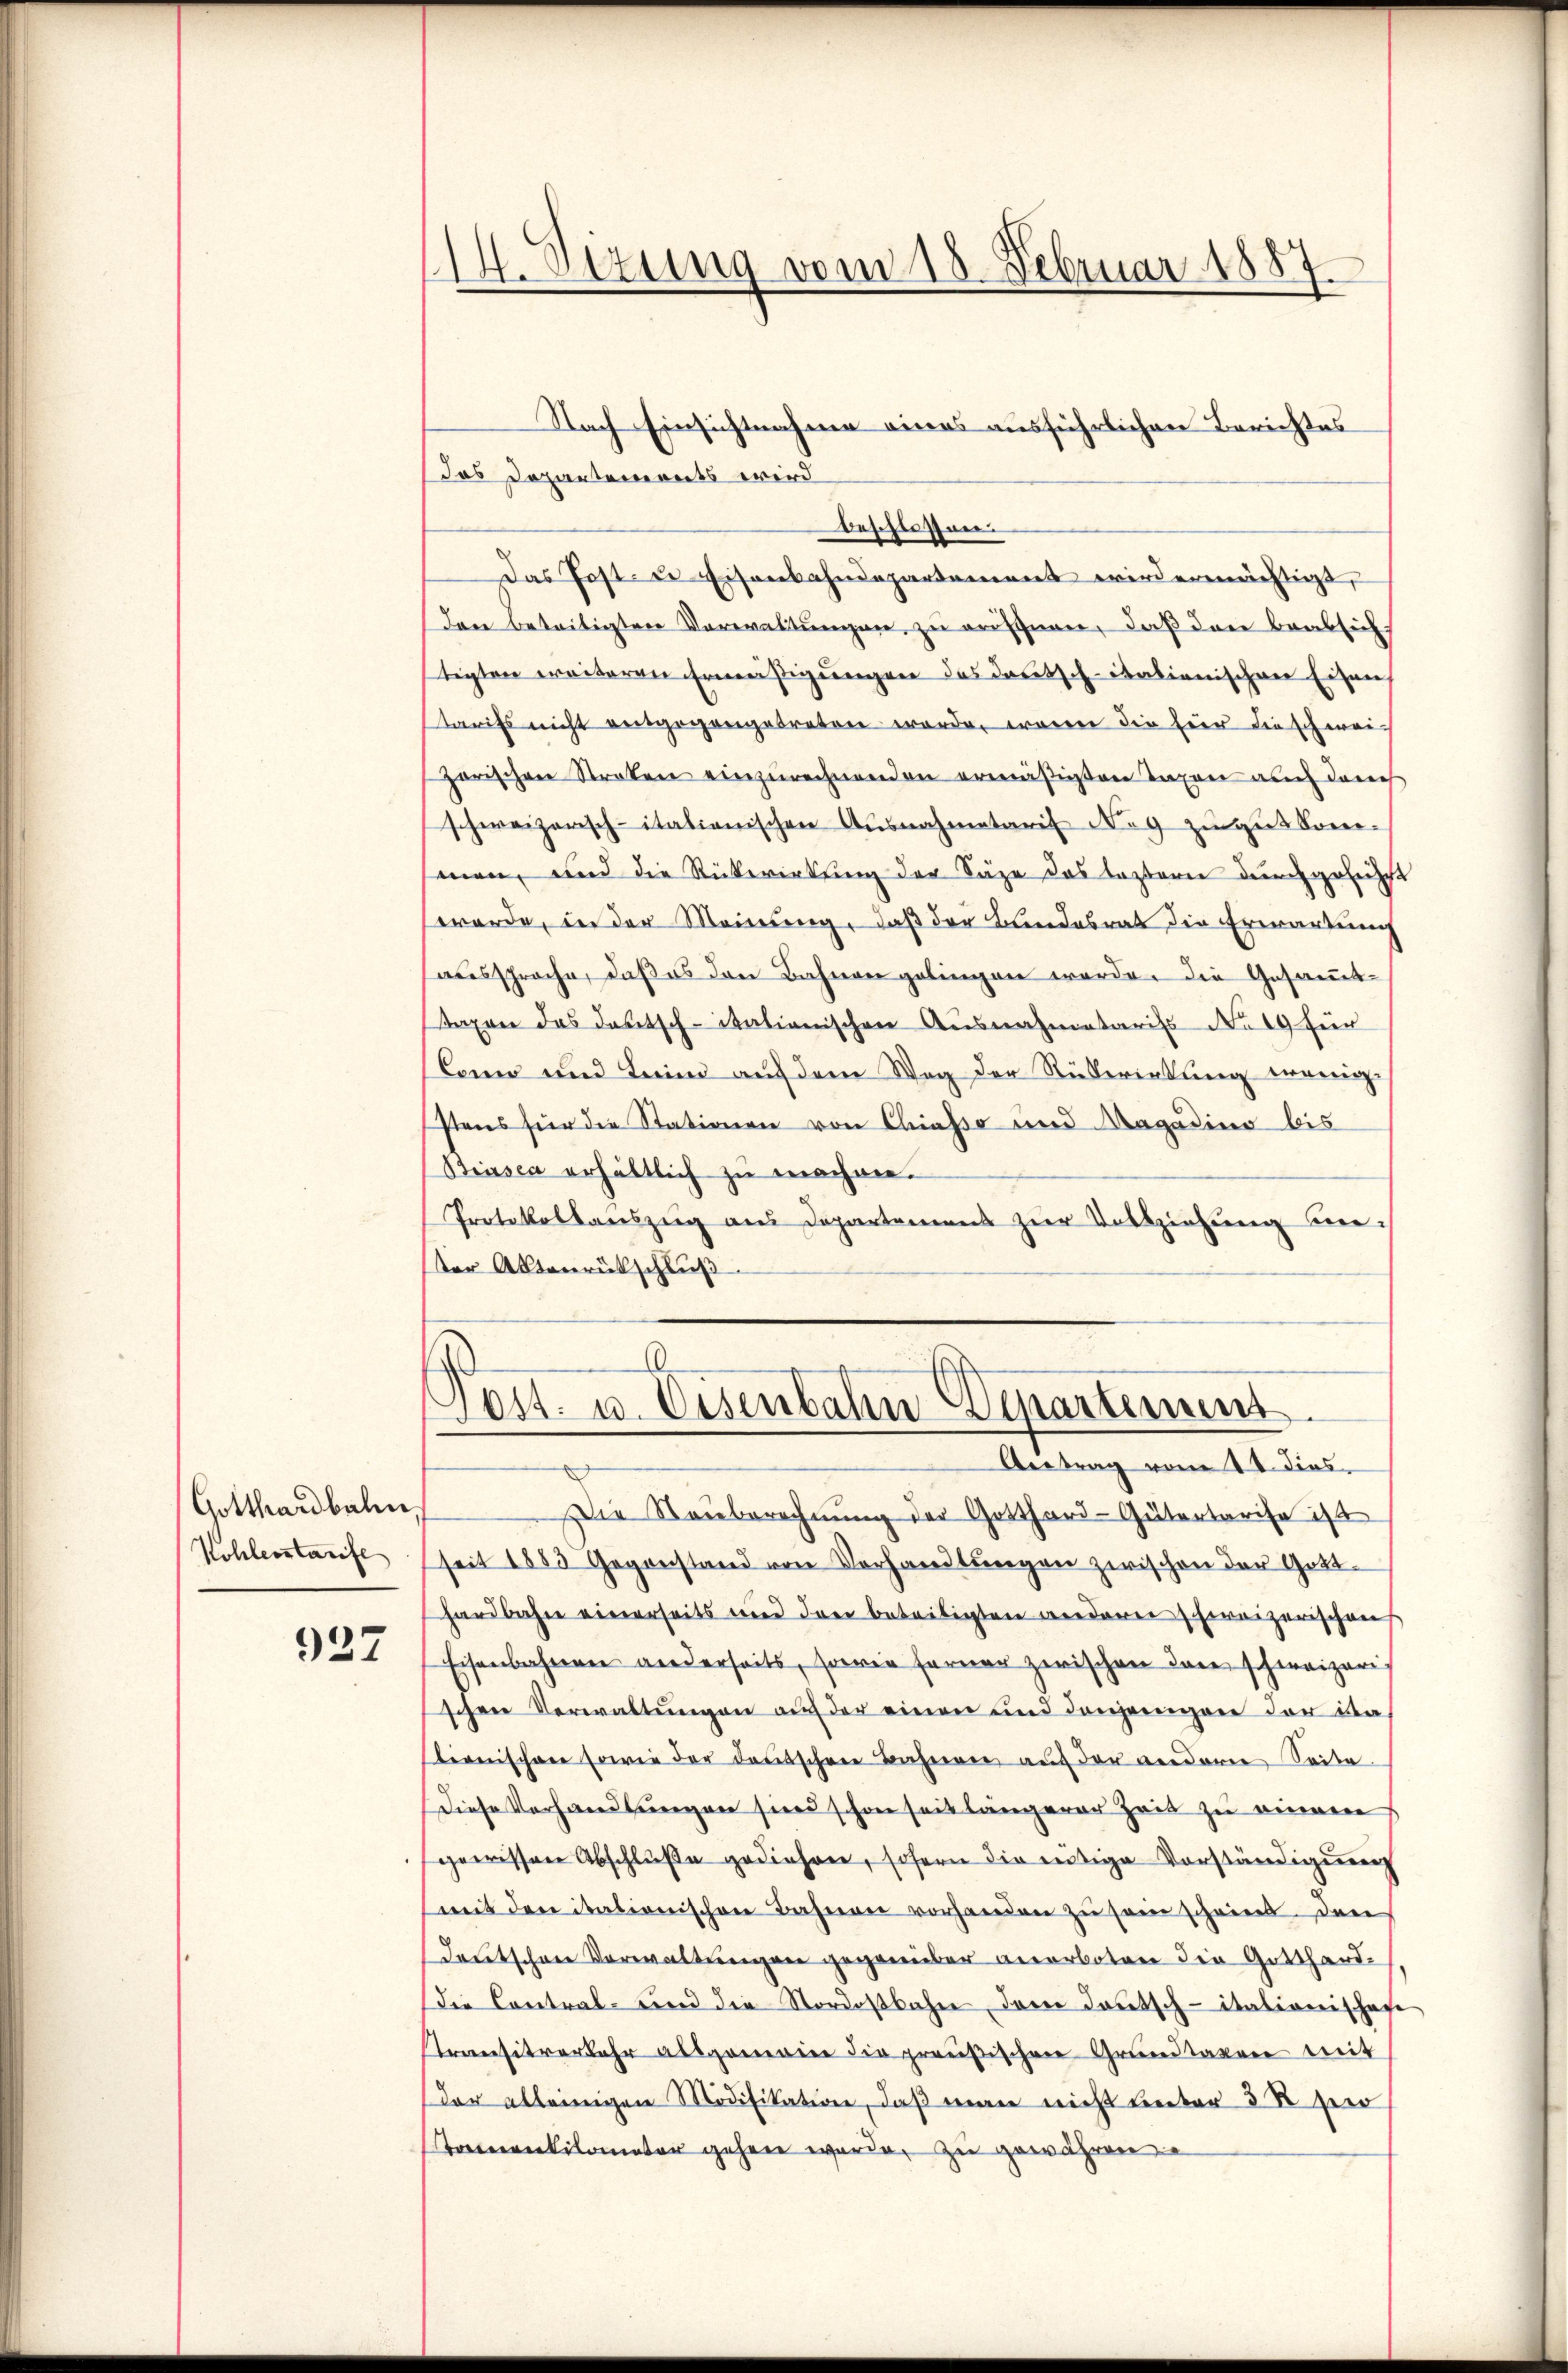
Gotthardbahn,
Kohlerstarife

937

I. Sitzung vom 18. Februar 1887
¬

Das Departements wird
beschlossen.
Das Post- u. Eisenbahndepartement wird ermächtigt,
den beseitigten Verwaltungen, zu eröffnen, daß den beabsich
stigten weiteren Ermäßigungen das deutsch-italienischen Eisen,
tarifs nicht entgegangetreten werde, waren die Eier die schweigarischen Streken einzurechnenden ermäßigten Taxen auch danch
schweizerisch-itationischen Ausnahmetarif Nag zugut kom-
senen, und die Rückwirkung der Säge das leztern durchgeführt
werde, in der Meinung, daß der Bundesrat die Erwartung
aussprache, daß es den Bahnen gelingen werde. Die Gesammt-
taxen das deutsch-itationischen Ausnahmetariss No 19 für
lano und Leim auf dem Weg der Rükerintung wenigstens für die Stationen von Chiasso und Ragadin bis
Biasca erhältlich zu machen.
Protokollauszeig aus Departamens zur Vollziehung weter Aktenrückschluß
Jos. u. Eisenbahn Departement
Antrag vom 24. dies
Die Raŭberechnŭng der Gotthard-Gütertarise ist
seit 1883 Gegenstand von Vorhandlungen zwischen der Gotthardbahn einerseits und drei beteiligten anderer schreizerischen
Eisenbahnern wiederseits, sowie ferner zwischen dare schweizeri
schen Verwaltungen auf der einen und denjenigen der ista
tionischen sowie der deutschen Bahneren auf der verdaren Seite
Diese Verhandlungen sind schon seit längerer Zeit zu einner
gewissen Abschluße gediehen, sofern die entige Vorständigung
mit den italionischen Bahnen vorhanden zu sei scheint. Den
deutschene Verwaltungen gegenüber anerboten die Gotthard¬
Die Contral- und die Nordostbahne dare Jautsch-itationisches
Transitverkehr allgemeier die preußischen Grundtagen mit
der alleinigen Modifikation, daß man nicht unter 3 R sie
Tonnenkilometer gehen werde, zu gewähren

Nach Einsichtnahme eines ausführlichen Berichtes